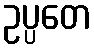
ဥပ္ပတေ